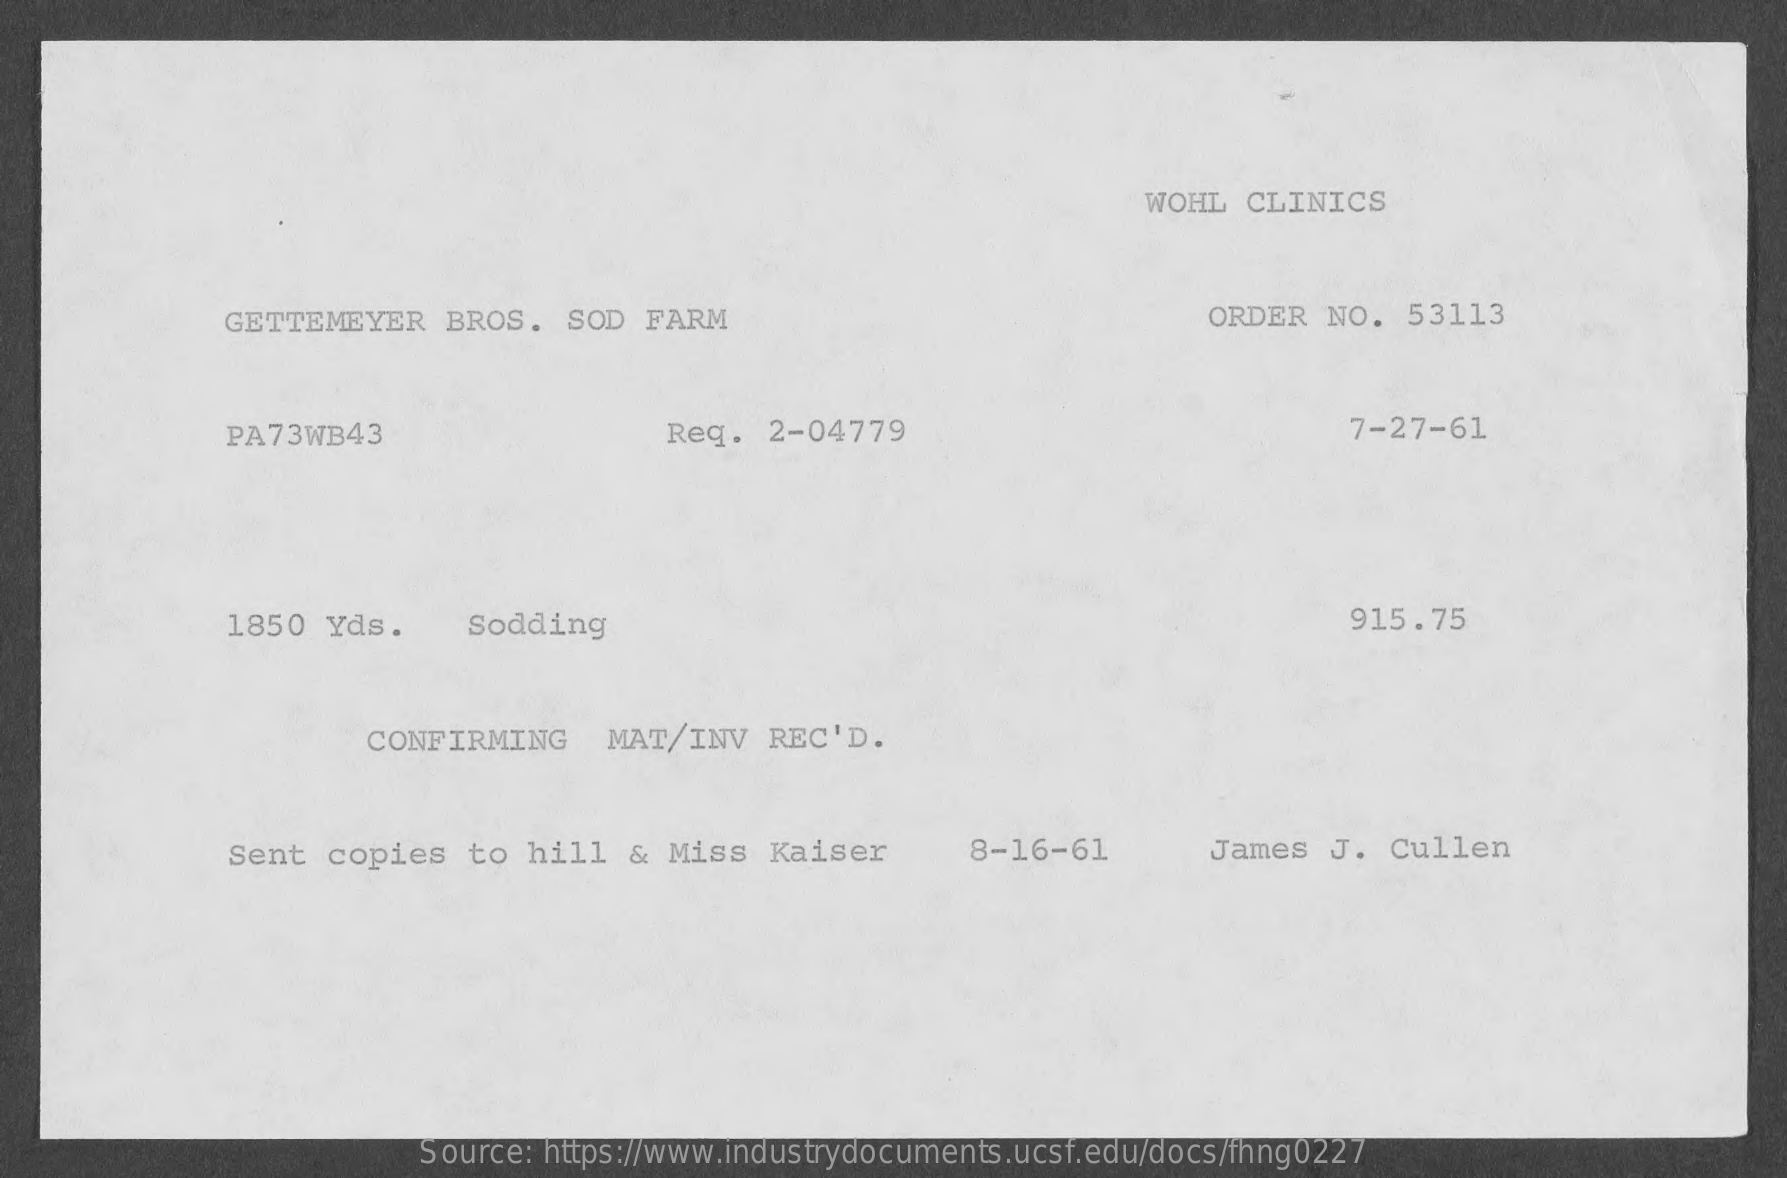
WOHL  CLINICS
     GETTEMEYER    BROS.  SOD  FARM    ORDER  NO.  53113
     PA73WB43    Req.  2-04779    7-27-61
     1850  Yds.    Sodding    915.75
     CONFIRMING    MAT/INV   REC'D.
     Sent copies   to  hill  &  Miss  Kaiser    8-16-61    James  J.  Cullen
     Source: https://www.industrydocuments.ucsf.edu/docs/fhng0227